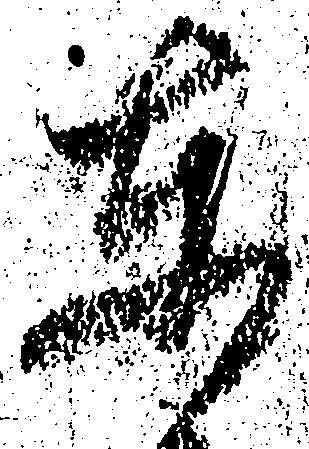
東